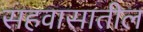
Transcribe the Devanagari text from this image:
सहवासातील